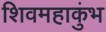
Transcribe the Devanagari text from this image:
शिवमहाकुंभ